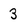
Character: 3